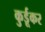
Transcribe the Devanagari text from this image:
कुर्डूकर